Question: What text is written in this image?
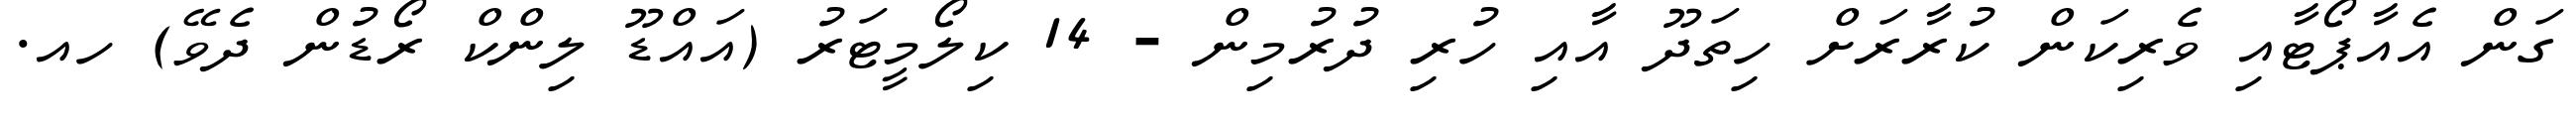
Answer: ގަން އެއާޕޯޓާއި ވެރިކަން ކުރާރަށް ހިތަދޫ އާއި ހުރި ދުރުމިން - 14 ކިލޯމީޓަރު (އައްޑޫ ލިންކް ރޯޑުން ދެވޭ) ހއ.